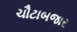
ચૌટાબજાર